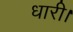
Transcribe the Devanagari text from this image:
धारी।